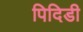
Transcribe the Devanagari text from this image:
पिदिडी